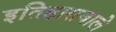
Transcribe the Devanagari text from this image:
इतिहासवाले